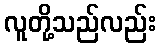
လူတို့သည်လည်း